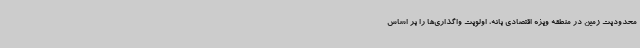
محدودیت زمین در منطقه ویژه اقتصادی بانه، اولویت واگذاری‌ها را بر اساس